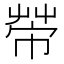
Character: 𢄆